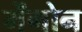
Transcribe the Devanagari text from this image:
मेंगोन